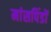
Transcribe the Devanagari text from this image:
मांसपिंडों